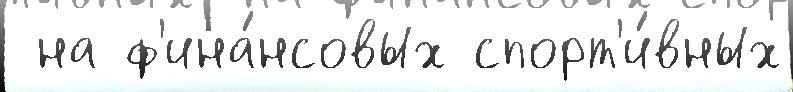
 на ф'ина́нсовых спорт'и́вных